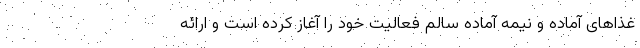
غذاهای آماده و نیمه آماده سالم فعالیت خود را آغاز کرده است و ارائه